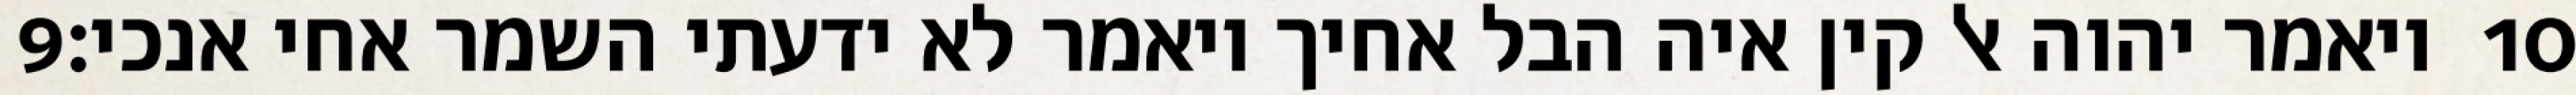
‎9‏ ויאמר יהוה אל קין איה הבל אחיך ויאמר לא ידעתי השמר אחי אנכי׃ ‎10‏